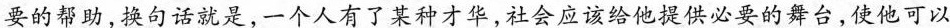
要的帮助，换句话就是，一个人有了某种才华，社会应该给他提供必要的舞台，使他可以